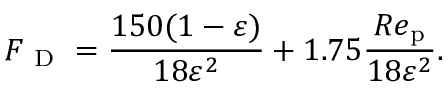
{ F _ { \mathrm { ~ D ~ } } } = \frac { 1 5 0 ( 1 - \varepsilon ) } { 1 8 \varepsilon ^ { 2 } } + 1 . 7 5 \frac { R e _ { \mathrm { p } } } { 1 8 \varepsilon ^ { 2 } } .